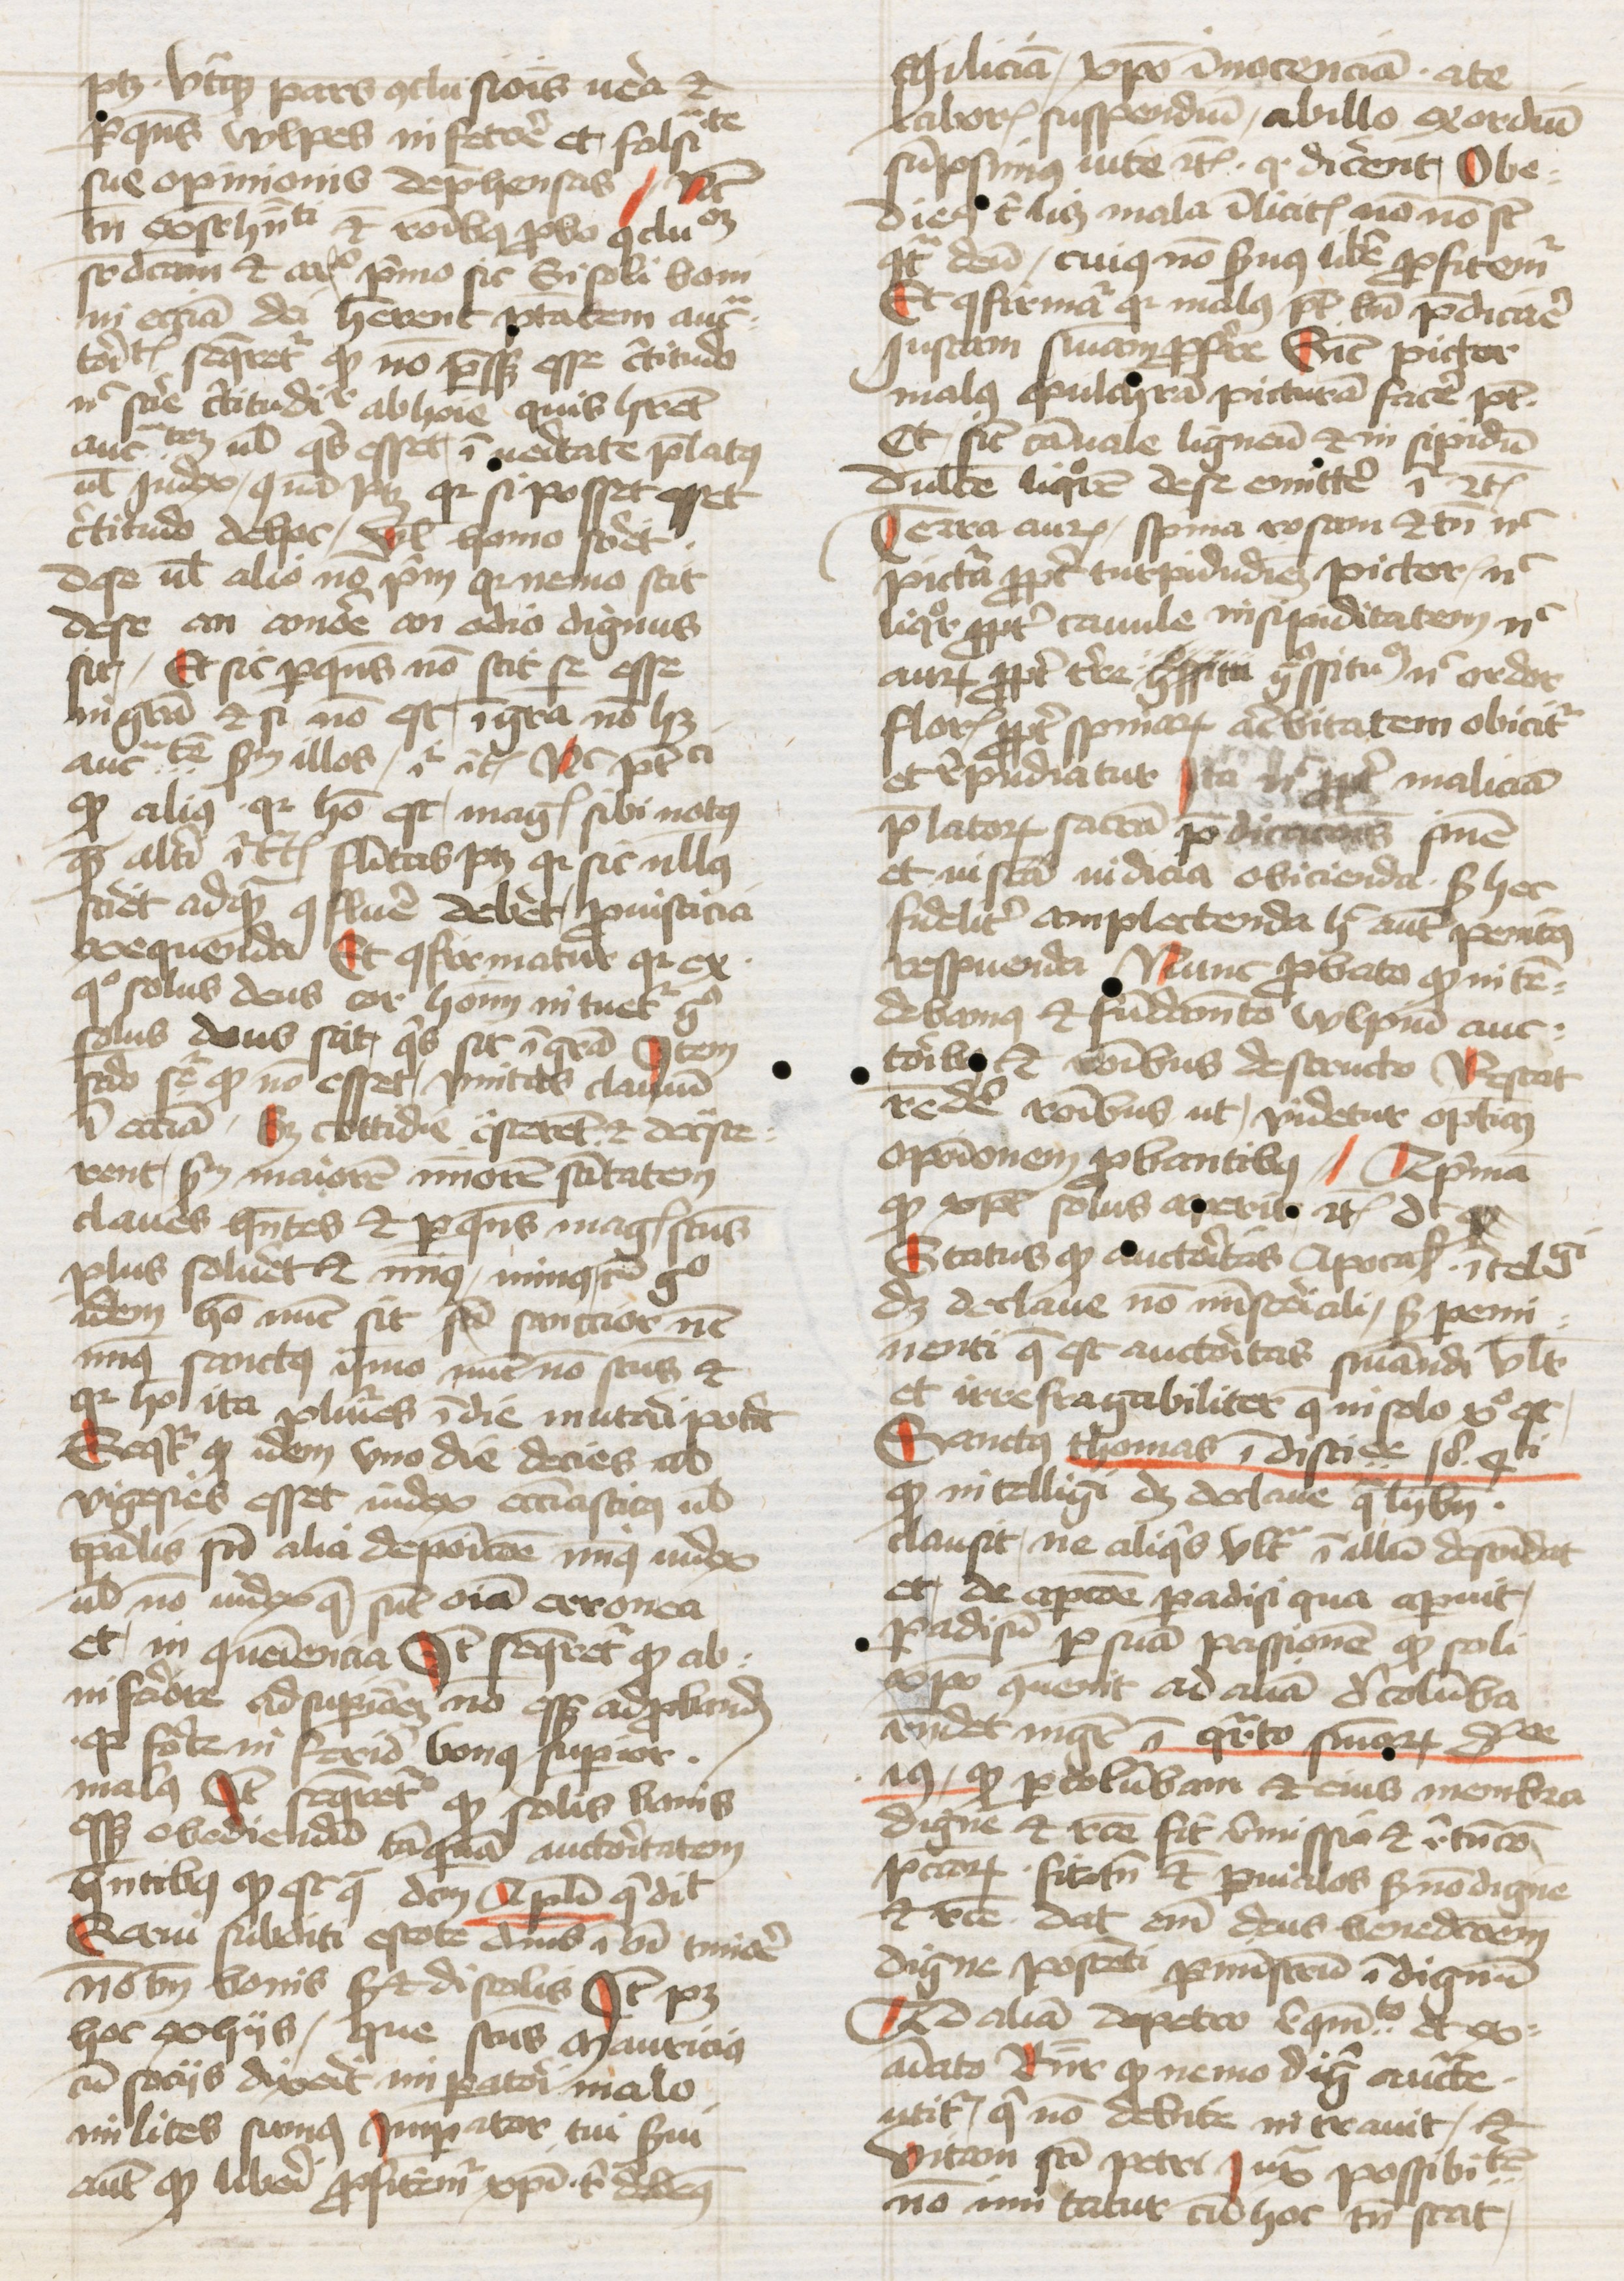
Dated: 1445–1474